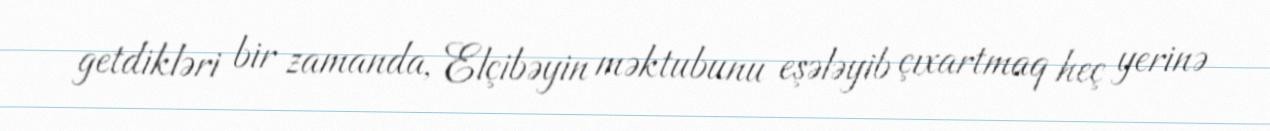
getdikləri bir zamanda, Elçibəyin məktubunu eşələyib çıxartmaq heç yerinə